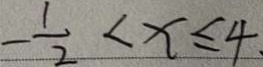
- \frac { 1 } { 2 } < x \leq 4 .